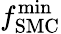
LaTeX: f_{\mathrm{SMC}}^{\mathrm{min}}